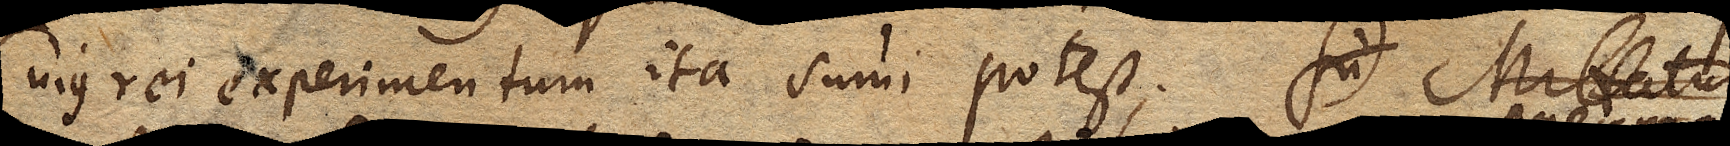
Cujus rei experimentum ita sumi potest. Mittatur